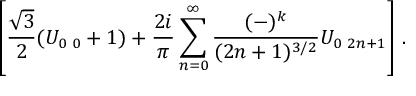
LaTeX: \left[ \frac { \sqrt { 3 } } { 2 } ( U _ { 0 \, \, 0 } + 1 ) + \frac { 2 i } { \pi } \sum _ { n = 0 } ^ { \infty } \frac { ( - ) ^ { k } } { ( 2 n + 1 ) ^ { 3 / 2 } } U _ { 0 \, \, 2 n + 1 } \right] \, .